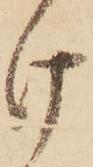
け